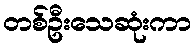
တစ်ဦးသေဆုံးကာ